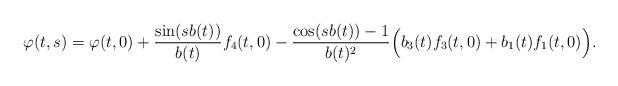
LaTeX: \begin{align*}\varphi(t,s)=\varphi(t,0)+\frac{\sin(sb(t))}{b(t)}f_4(t,0)-\frac{\cos(sb(t))-1}{b(t)^2}\Big(b_3(t)f_3(t,0)+b_1(t)f_1(t,0)\Big).\end{align*}